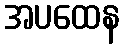
အပထေန